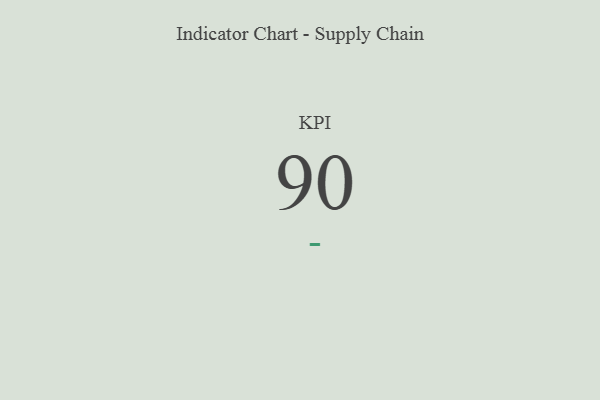
{"axis": {"x": "KPI", "y": "Value"}, "legend": [""], "data": [{"x": "KPI", "y": 90, "type": ""}]}